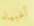
أغبياء